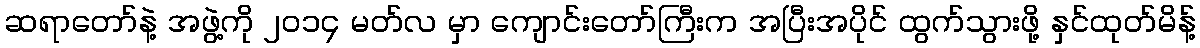
ဆရာတော်နဲ့ အဖွဲ့ကို ၂၀၁၄ မတ်လ မှာ ကျောင်းတော်ကြီးက အပြီးအပိုင် ထွက်သွားဖို့ နှင်ထုတ်မိန့်